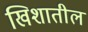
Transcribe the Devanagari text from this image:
खिशातील